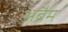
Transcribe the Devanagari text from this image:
अब्रैम